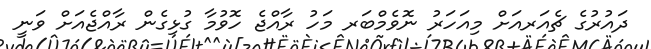
ދައުރުގެ ޗެއަރއަށް މިއަހަރު ނޮވެމްބަރ މަހު ރާއްޖެ ހޮވުމާ ގުޅިގެން ރާއްޖެއަށް ވަނީ